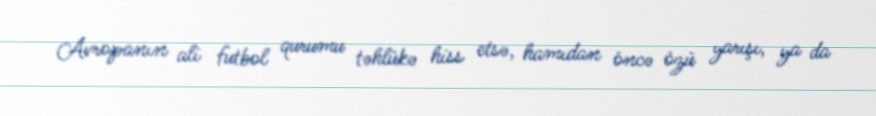
Avropanın ali futbol qurumu təhlükə hiss etsə, hamıdan öncə özü yarışı, ya da